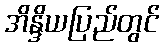
အိန္ဒိယပြည်တွင်